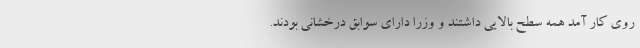
روی کار آمد همه سطح بالایی داشتند و وزرا دارای سوابق درخشانی بودند.